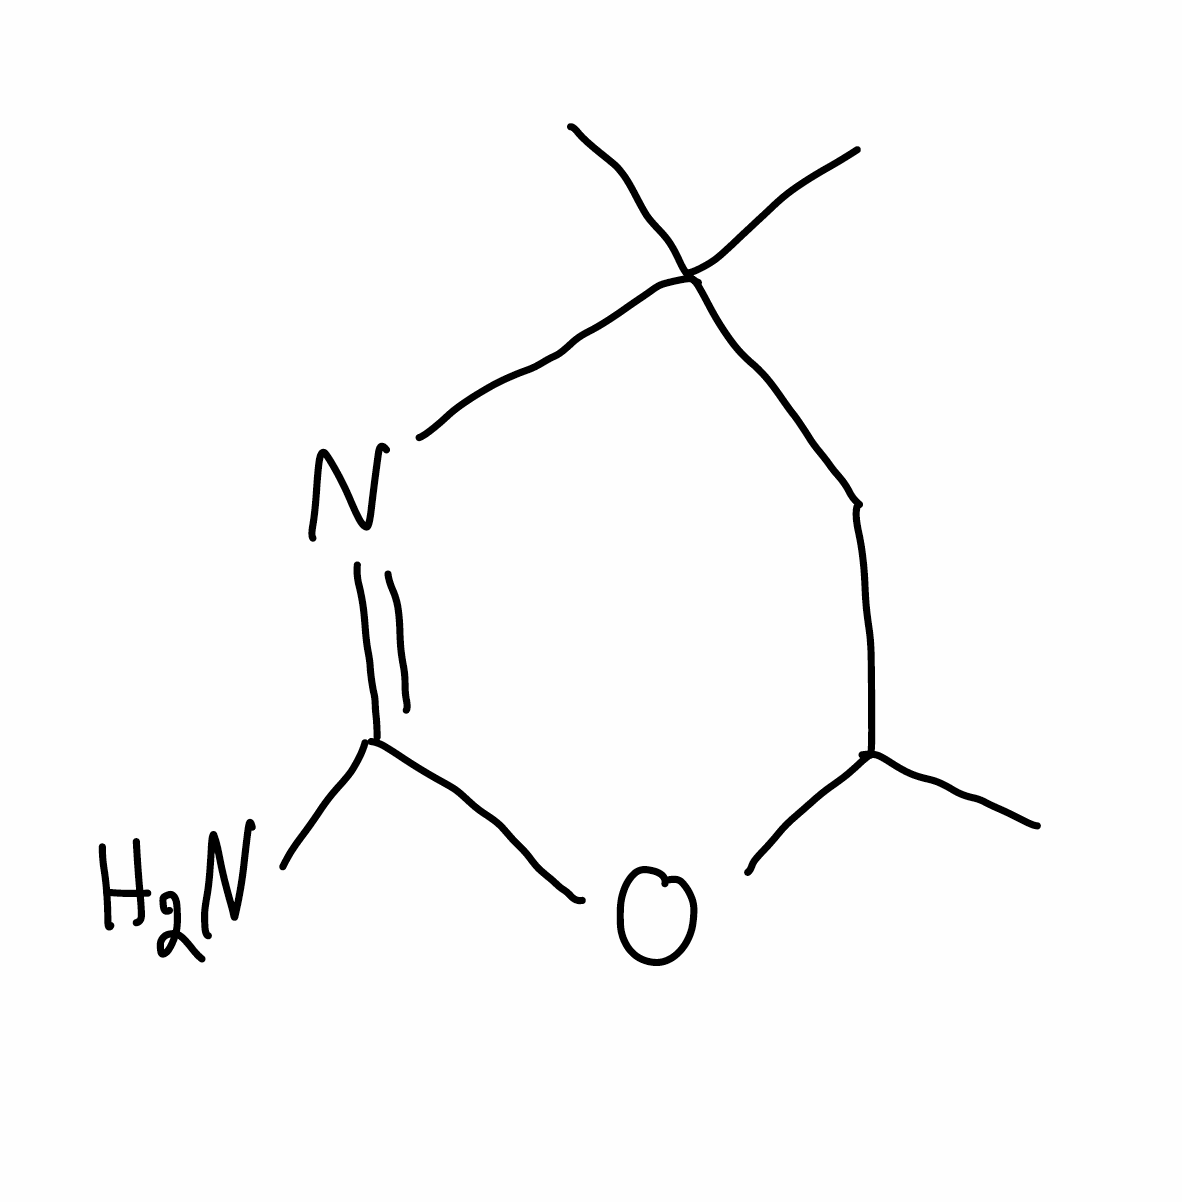
Simplified molecular-input line-entry system (SMILES) notation of the given molecule:
CC1CC(N=C(O1)N)(C)C